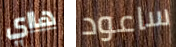
هااي ساعود